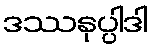
ဒဿနုပ္ပါဒါ